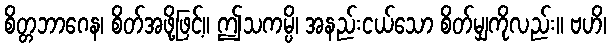
စိတ္တဘာဂေန၊ စိတ်အဖို့ဖြင့်။ ဤသကမ္ပိ၊ အနည်းငယ်သော စိတ်မျှကိုလည်း။ ဗဟိ၊